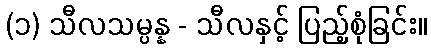
(၁) သီလသမ္ပန္န - သီလနှင့် ပြည့်စုံခြင်း။